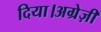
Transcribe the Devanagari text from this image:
दिया।अग्रेज़ी